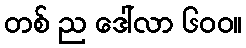
တစ် ည ဒေါ်လာ ၆၀၀။